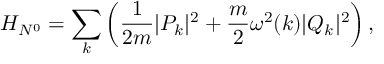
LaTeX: H _ { N ^ { 0 } } = \sum _ { k } \left( \displaystyle \frac { 1 } { 2 m } | P _ { k } | ^ { 2 } + \frac { m } { 2 } \omega ^ { 2 } ( k ) | Q _ { k } | ^ { 2 } \right) ,